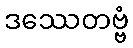
ဒဿေတဗ္ဗံ